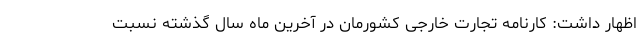
اظهار داشت: کارنامه تجارت خارجی کشورمان در آخرین ماه سال گذشته نسبت